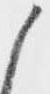
候